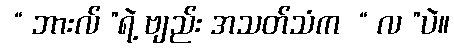
 “ ဘားလ် ”ရဲ့ ဗျည်း အသတ်သံက  “ လ ”ပဲ။